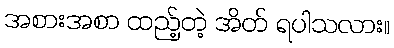
အစားအစာ ထည့်တဲ့ အိတ် ရပါသလား။